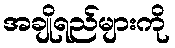
အချိုရည်များကို